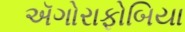
ઍગોરાફોબિયા